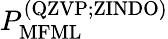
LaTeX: P_{\mathrm{MFML}}^{\mathrm{(QZVP;ZINDO)}}